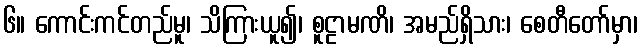
၆။ ကောင်းကင်တည်မူ၊ သိကြားယူ၍၊ စူဠာမဏိ၊ အမည်ရှိသား၊ စေတီတော်မှာ၊